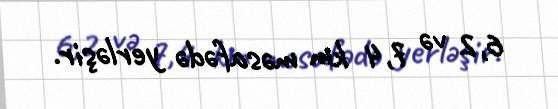
6,2 və 7,4 km məsafədə yerləşir.